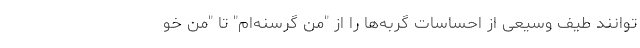
توانند طیف وسیعی از احساسات گربه‌ها را از "من گرسنه‌ام" تا "من خو